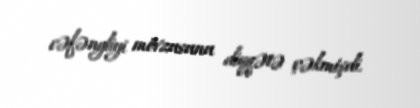
cəfəngliyi mövzusunu diqqətə çəkmişdi.